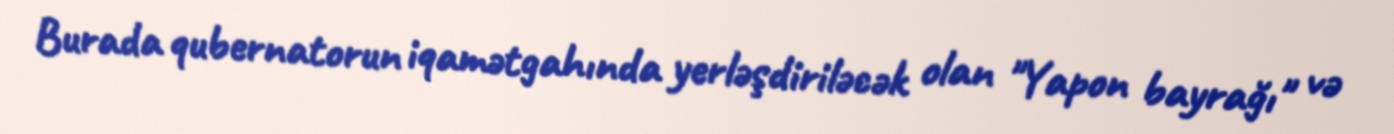
Burada qubernatorun iqamətgahında yerləşdiriləcək olan "Yapon bayrağı" və